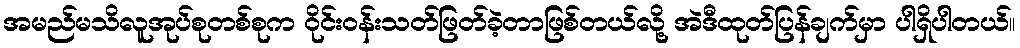
အမည်မသိလူအုပ်စုတစ်စုက ဝိုင်းဝန်းသတ်ဖြတ်ခဲ့တာဖြစ်တယ်လို့ အဲဒီထုတ်ပြန်ချက်မှာ ပါရှိပါတယ်။